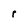
Character: r